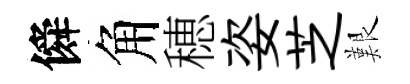
僢角穂姿芝艱